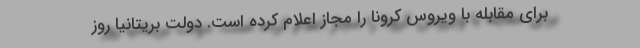
برای مقابله با ویروس کرونا را مجاز اعلام کرده است. دولت بریتانیا روز